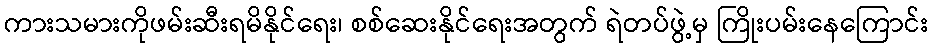
ကားသမားကိုဖမ်းဆီးရမိနိုင်ရေး၊ စစ်ဆေးနိုင်ရေးအတွက် ရဲတပ်ဖွဲ့မှ ကြိုးပမ်းနေကြောင်း